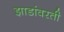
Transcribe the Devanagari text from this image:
झाडांवरती